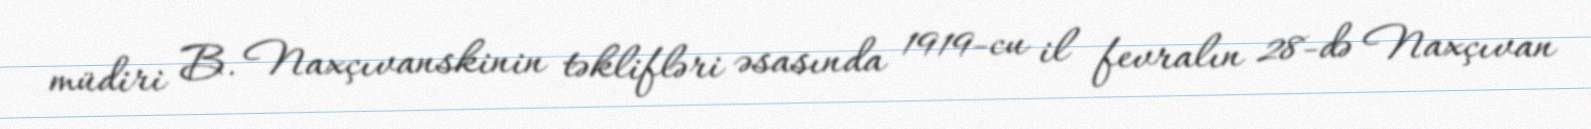
müdiri B. Naxçıvanskinin təklifləri əsasında 1919-cu il fevralın 28-də Naxçıvan